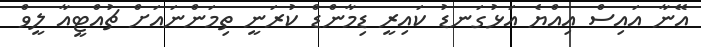
އޭނާ އައިސް އިއްޔެ އަޅުގަނޑު ކައިރީ ޑިމާންޑް ކުރަނީ ތިމަންނައަށް ޗުއްޓީއާ ލީވް